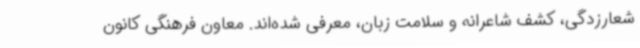
شعارزدگی، کشف شاعرانه و سلامت زبان، معرفی شده‌اند. معاون فرهنگی کانون